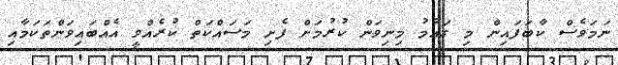
ނަމަވެސް ކާބަފައިން މި ގައުމު މިނިވަން ކުރުމަށް ފެށި މަސައްކަތް ކުރެއްވީ އެއްބައިވަންތަކަމާއި